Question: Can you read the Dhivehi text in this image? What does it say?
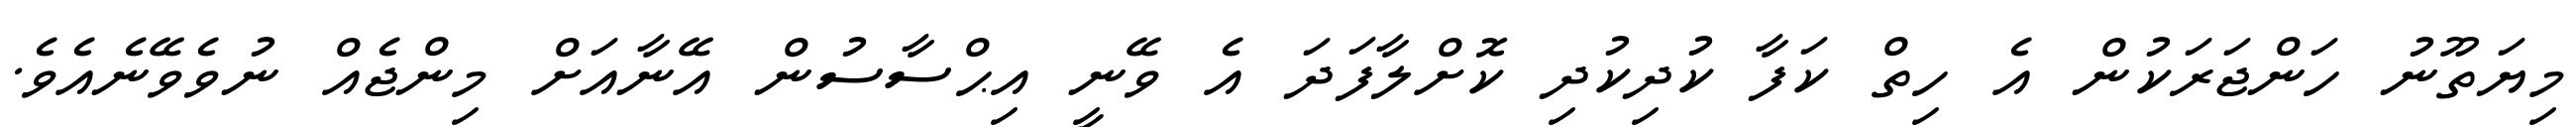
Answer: މިޔަތޫނު ހަންޖަރަކުން އެ ހިތް ކަފާ ކުދިކުދި ކޮށްލާފަދަ އެ ވޭނީ އިޙްސާސުން އޭނާއަށް މިންޖެއް ނުވެވޭނެއެވެ.